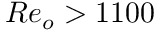
R e _ { o } > 1 1 0 0